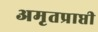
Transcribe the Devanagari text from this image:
अमृतप्राप्ती